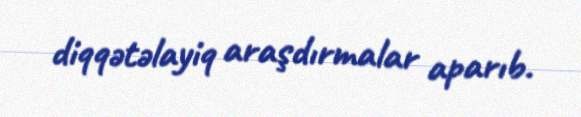
diqqətəlayiq araşdırmalar aparıb.